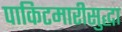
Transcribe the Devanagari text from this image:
पाकिटमारीसुद्धा